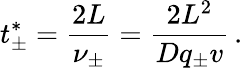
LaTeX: t_{\pm}^{*}=\frac{2L}{\nu_{\pm}}=\frac{2L^{2}}{Dq_{\pm}v}\, .